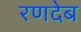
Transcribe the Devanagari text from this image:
रणदेब